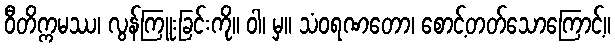
ဝီတိက္ကမဿ၊ လွန်ကြူးခြင်းကို။ ဝါ၊ မှ။ သံဝရဏတော၊ စောင့်တတ်သောကြောင့်။